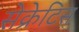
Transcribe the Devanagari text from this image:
सेक्रेटिस